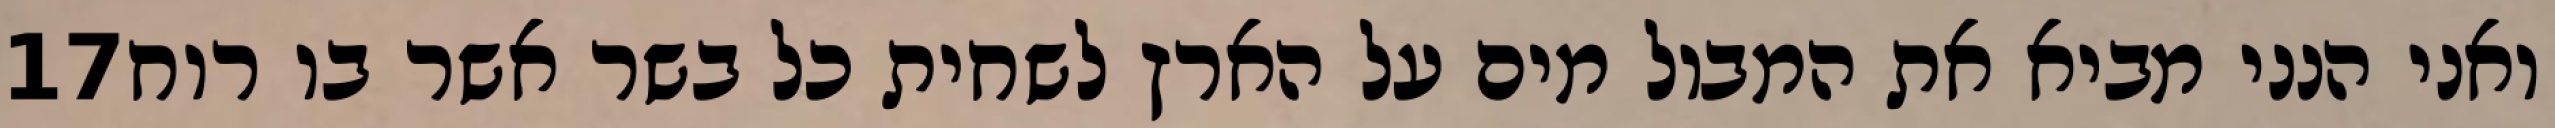
‎17‏ ואני הנני מביא את המבול מים על הארץ לשחית כל בשר אשר בו רוח